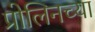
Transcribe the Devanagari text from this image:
प्रोलिनच्या